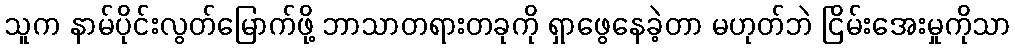
သူက နာမ်ပိုင်းလွတ်မြောက်ဖို့ ဘာသာတရားတခုကို ရှာဖွေနေခဲ့တာ မဟုတ်ဘဲ ငြိမ်းအေးမှုကိုသာ